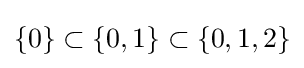
\{0\}\subset \{0,1\}\subset \{0,1,2\}